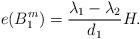
LaTeX: \begin{align*}e(B_1^m) = {\lambda_1-\lambda_2\over d_1}H.\end{align*}